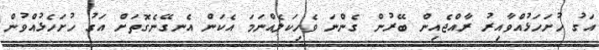
އަގު ހުށަހަޅުއްވާއިރު ރާއްޖެއިން ބޭރުން ގެންނަ ވެހިކަލެއްނަމަ އެކަން އެނގޭނެގޮތަށް އަގު ހުށަހެޅުއްވުން